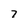
Character: 7